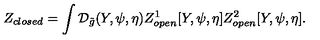
{ Z _ { c l o s e d } } = \int { \mathcal { D } _ { \tilde { g } } } ( Y , \psi , \eta ) { Z _ { o p e n } ^ { 1 } } [ Y , \psi , \eta ] { Z _ { o p e n } ^ { 2 } } [ Y , \psi , \eta ] .